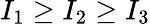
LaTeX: I_{1}\geq I_{2}\geq I_{3}